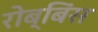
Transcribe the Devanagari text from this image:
रोब्बिंस